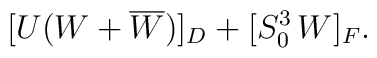
[U(W+\overline W)]_D + [S_0^3\, W]_F.